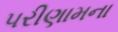
પરીણામના